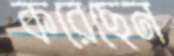
করেছেন